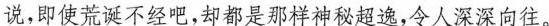
说，即使荒诞不经吧,却都是那样神秘超说，令人深深向往。